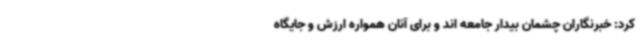
کرد: خبرنگاران چشمان بیدار جامعه اند و برای آنان همواره ارزش و جایگاه